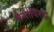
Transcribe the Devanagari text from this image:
सैन्यांविरूद्ध